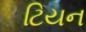
ટિયન